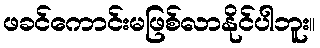
ဖခင်ကောင်းမဖြစ်လာနိုင်ပါဘူး။